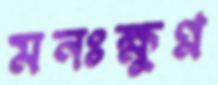
মনঃক্ষুণ্ণ